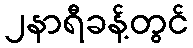
၂နာရီခန့်တွင်